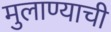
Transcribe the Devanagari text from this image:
मुलाण्याची